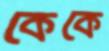
কেকে